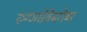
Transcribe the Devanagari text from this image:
रुग्णसेवेबरोबर